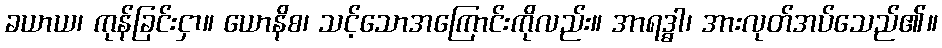
ခယာယ၊ ကုန်ခြင်းငှာ။ ယောနိစ၊ သင့်သောအကြောင်းကိုလည်း။ အာရဒ္ဓါ၊ အားလုတ်အပ်သေည်၏။